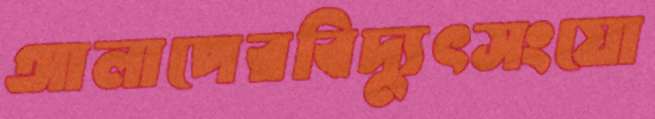
আলাপেরবিদ্যুৎসংযো